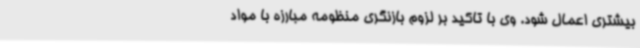
بیشتری اعمال شود. وی با تاکید بر لزوم بازنگری منظومه مبارزه با مواد